65_HS1-834228961_62-HQ-83894_Section_10
Agency: FBI
Page 155
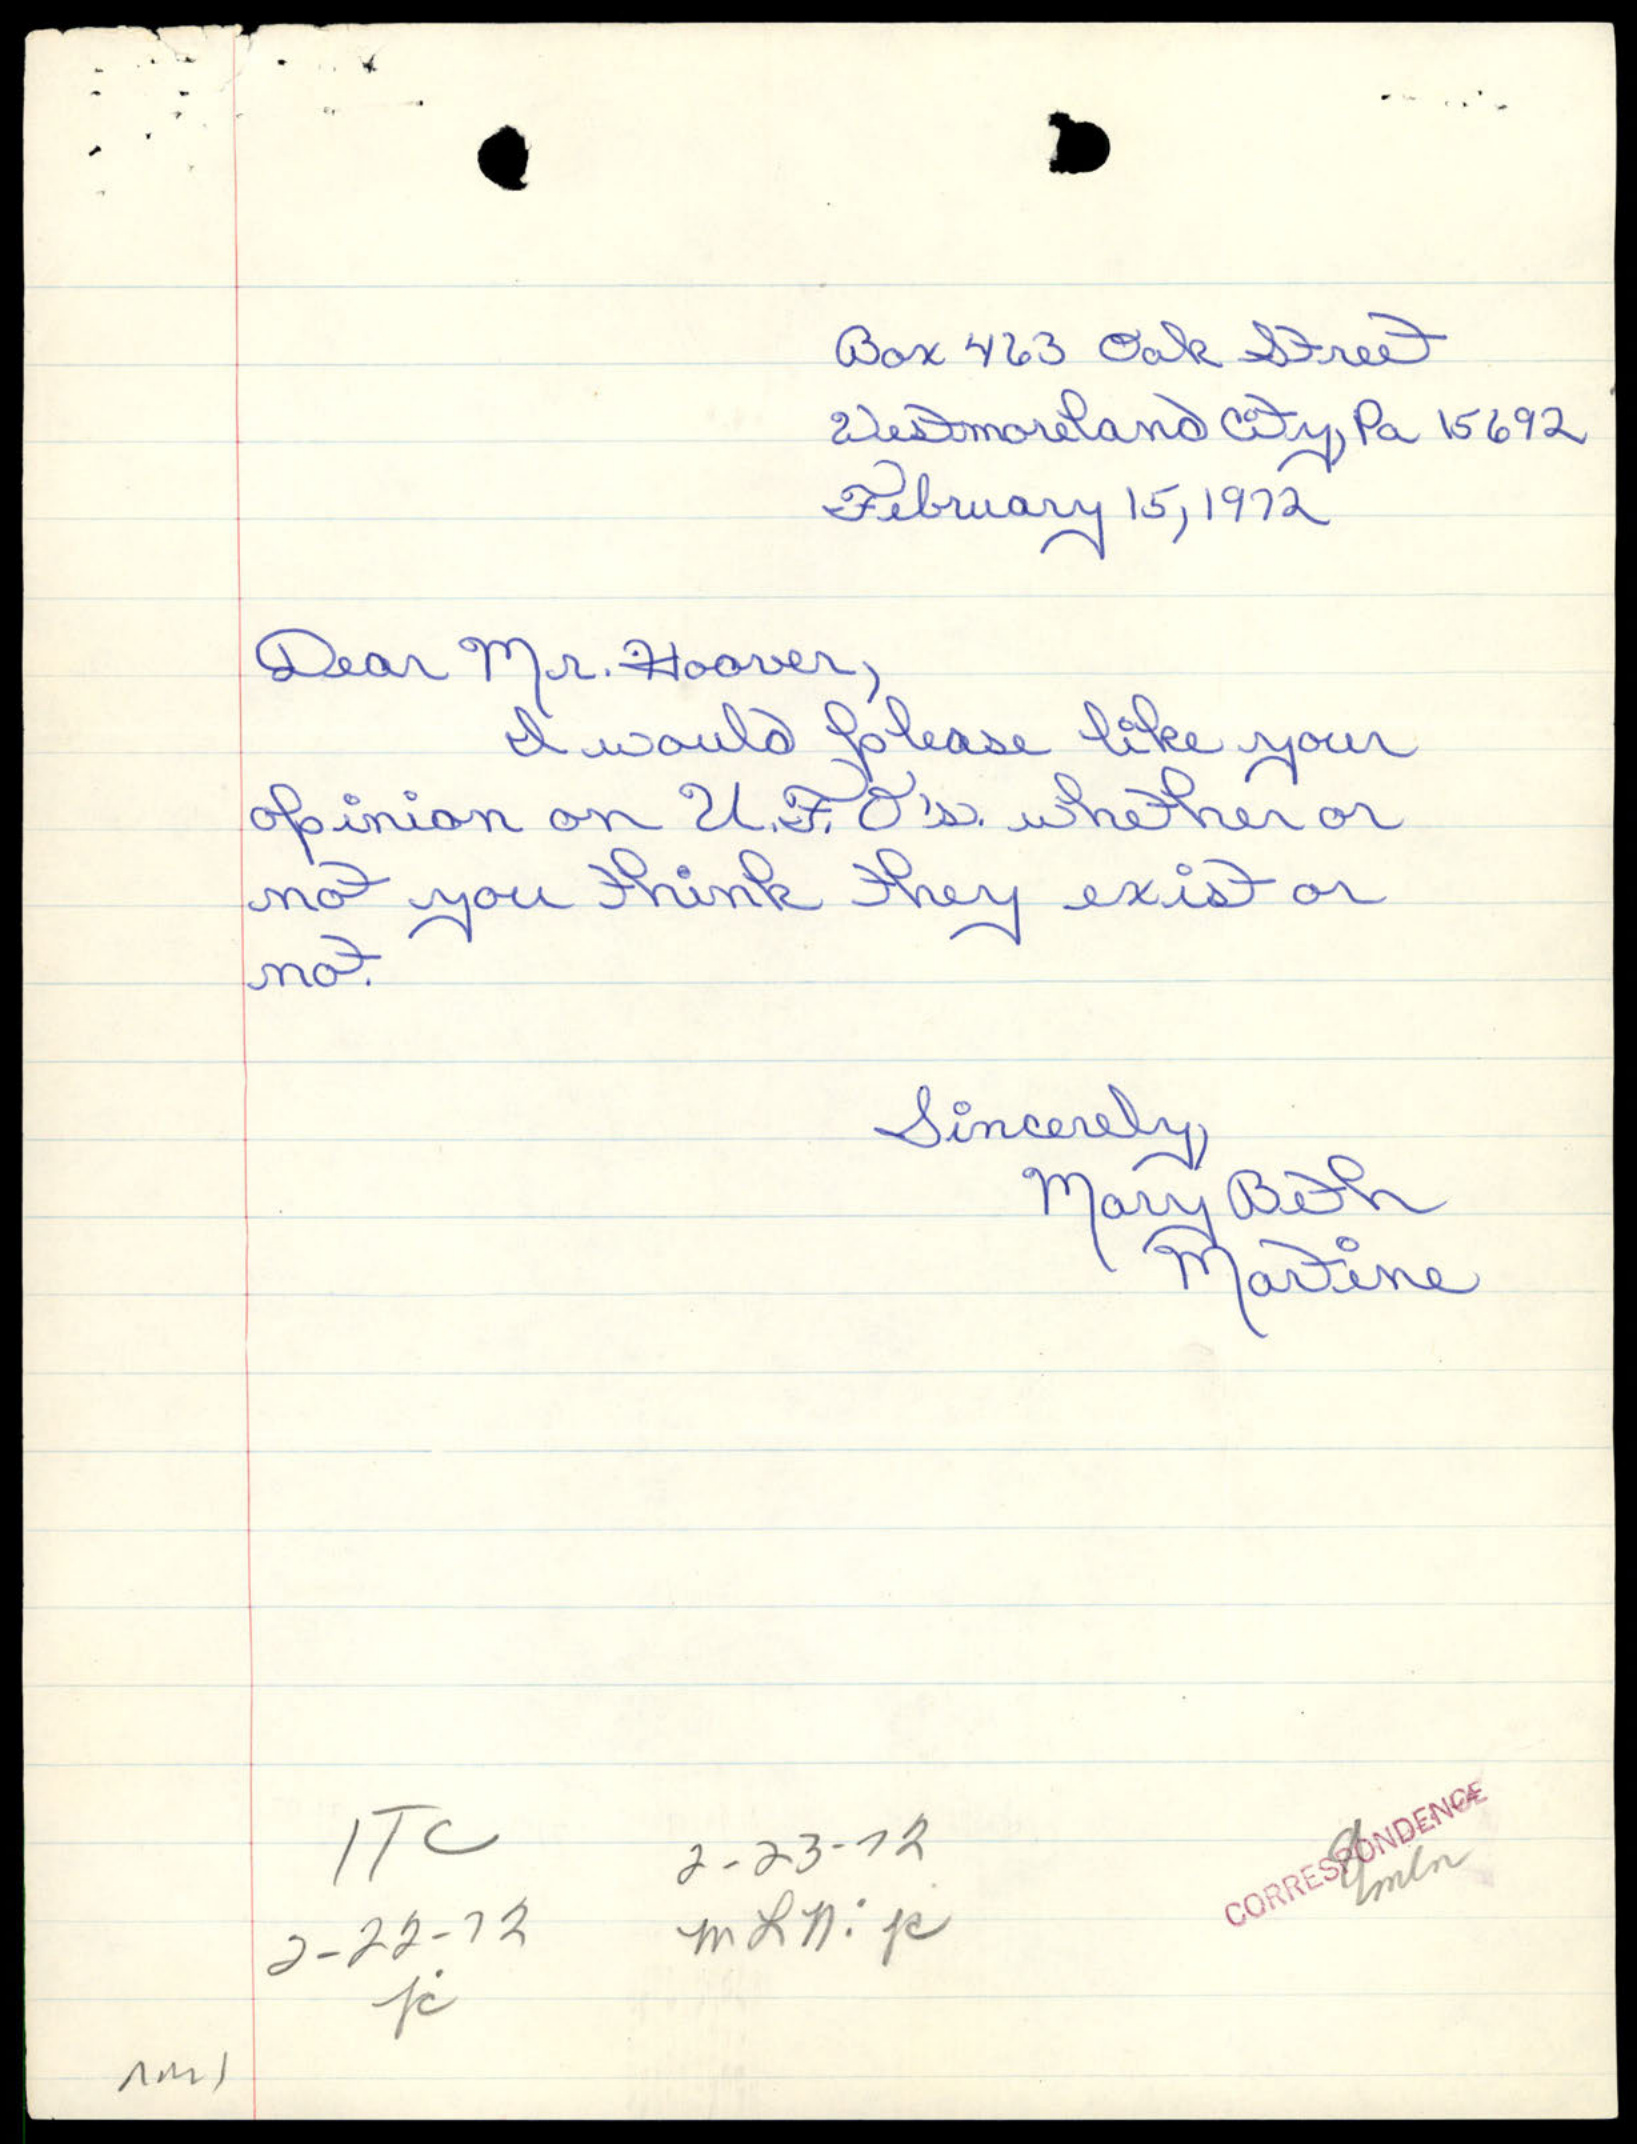